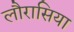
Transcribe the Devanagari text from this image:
लौरासिया